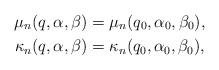
LaTeX: \begin{gather*}\mu_n(q, \alpha, \beta) = \mu_n(q_0, \alpha_0, \beta_0), \\\kappa_n(q, \alpha, \beta) = \kappa_n(q_0, \alpha_0, \beta_0),\end{gather*}